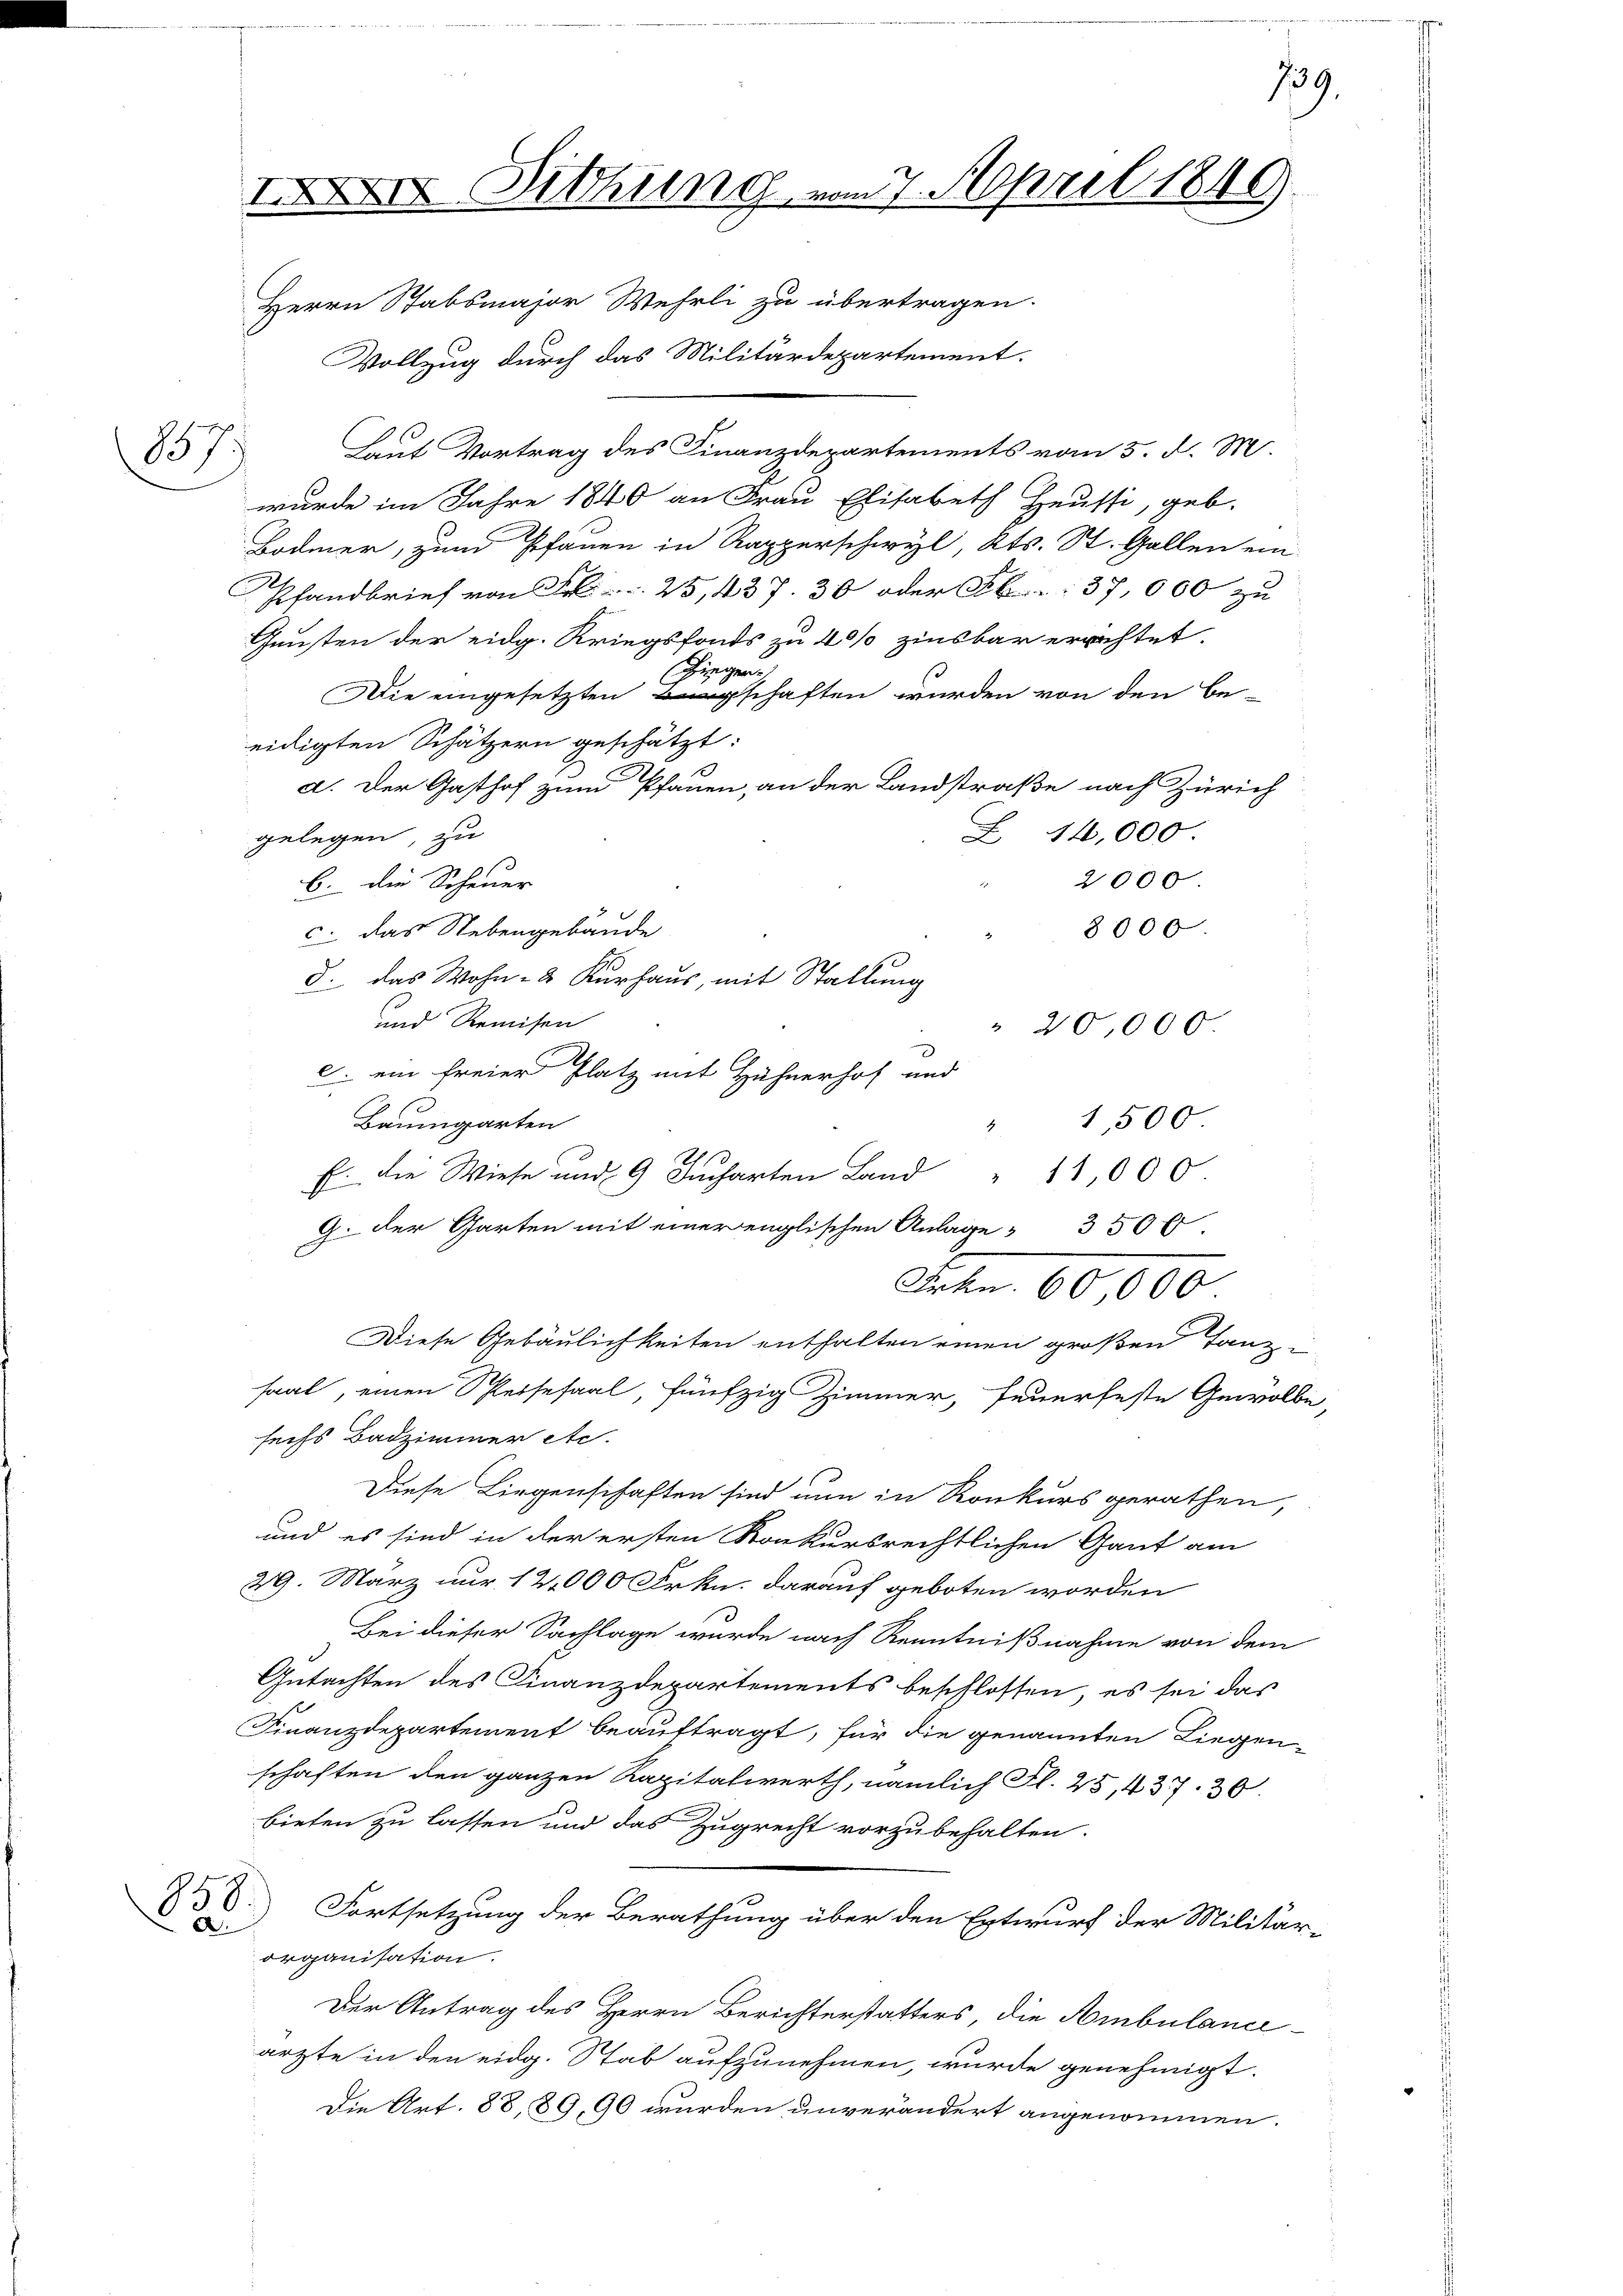
157

XII Ditthung vom 7. April 1840.

Herrn Stabsmajor Wehrli zu übertragen.
Vollzug durch das Militärdepartement.
Laut Vortrag des Finanzdepartements vom 5. d. M.
wurde im Jahre 1840 an Frau Elisabeth Heussi, geb.
Bodmer, zum Pfarren in Rapperschwyl, Kts. St. Gallen ein
Pfandbrief von Fr. 25, 437. 30 oder S. 37,000 zu
Gunsten der eidg. Kriegsfonds zu 40% zinsbar errichtet.
irgen
Die eingesetzten Beschaften wurden von den be-
eidigten Schätzern geschätzt:
a. Der Gasthof zum Pfauen, an der Landstraße nach Zürich
Z 14,000.
gelegen, zu
2000
b. die Scheuer
2
8000.
c. das Nebengebäude
d. das Wohn- & Kurhaus, mit Stallung
und Remisen
20,000
)
c. ein freier Platz mit Hühnerhof und
Baumgarten
1,500
E. Die Wiese und 9 Jucharten Land " 11,000
G. der Garten mit einer englischen Anlage 350 f
Frkn. 60,000
Diese Gebäulichkeiten enthalten einen großen Tanz
saal, einen Speisesaal, fünfzig Zimmer, feuerfeste Gewölbe,
sechs Badzimmer etc.
Diese Liegenschaften sind nun in Konkurs gerathen,
und es sind in der ersten Konkursrechtlichen Gant am
29. März nur 12,000 Frkn. darauf geboten worden
Bei dieser Sachlage wurde nach Kenntnißnahme von dem
Gutachten des Finanzdepartements beschlossen, es sei das
Finanzdepartement beauftragt, für die genannten Liegen-
schaften den ganzen Kapitalwerth, nämlich Fl. 45, 437. 30.
bieten zu lassen und das Zugrecht vorzubehalten.
D. Fortsetzung der Berathung über den Entwurf der Militär-
.
organisation.
Der Antrag des Herrn Berichterstatters, die Ambulance-
ärzte in den eidg. Stab aufzunehmen, wurde genehmigt.
Die Art. 88, 89, 90 wurden unverändert angenommen.

2

139.